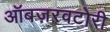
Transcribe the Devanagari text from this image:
ऑबज़रवटोरी